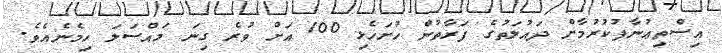
އިސްތިޢުނާފުކުރުމާށް ދައުލަތުގެ ފަރާތުން ހުށަހެޅި 100 އަށް ވުރެ ގިނަ މައްސަލަ ހިމެނެއެވެ.